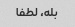
بله، لطفا